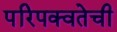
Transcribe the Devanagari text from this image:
परिपक्वतेची